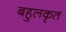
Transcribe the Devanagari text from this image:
बहुलकृत